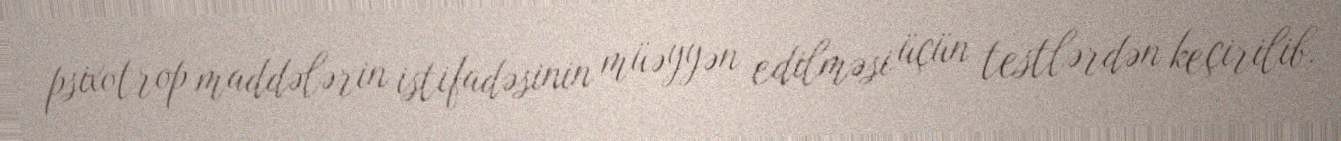
psixotrop maddələrin istifadəsinin müəyyən edilməsi üçün testlərdən keçirilib.